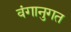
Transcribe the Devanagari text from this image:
वंगानुगत